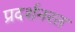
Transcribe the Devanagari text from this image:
प्रदर्शनरत